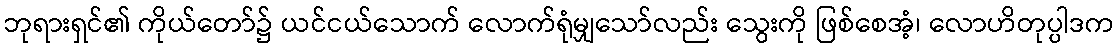
ဘုရားရှင်၏ ကိုယ်တော်၌ ယင်ငယ်သောက် လောက်ရုံမျှသော်လည်း သွေးကို ဖြစ်စေအံ့၊ လောဟိတုပ္ပါဒက